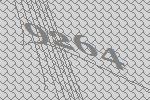
9264